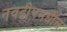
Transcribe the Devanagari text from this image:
नवद्वीपमधील